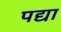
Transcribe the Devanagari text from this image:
पद्या